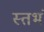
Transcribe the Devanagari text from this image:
स्तभं